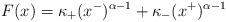
LaTeX: \begin{align*}F(x)=\kappa_+(x^-)^{\alpha-1}+\kappa_-(x^+)^{\alpha-1}\end{align*}